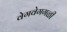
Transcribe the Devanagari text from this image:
वेगवेगगळी